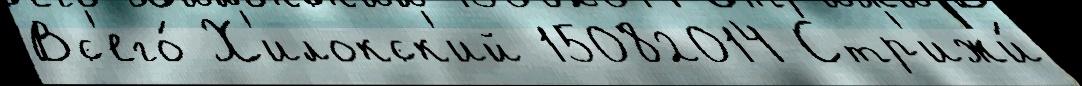
Вс'его́ Х'илокск'ий 15082014 Стр'ижи́